Vaccination in the Punjab 1883-1896 - 1883-1896
Year: 1883
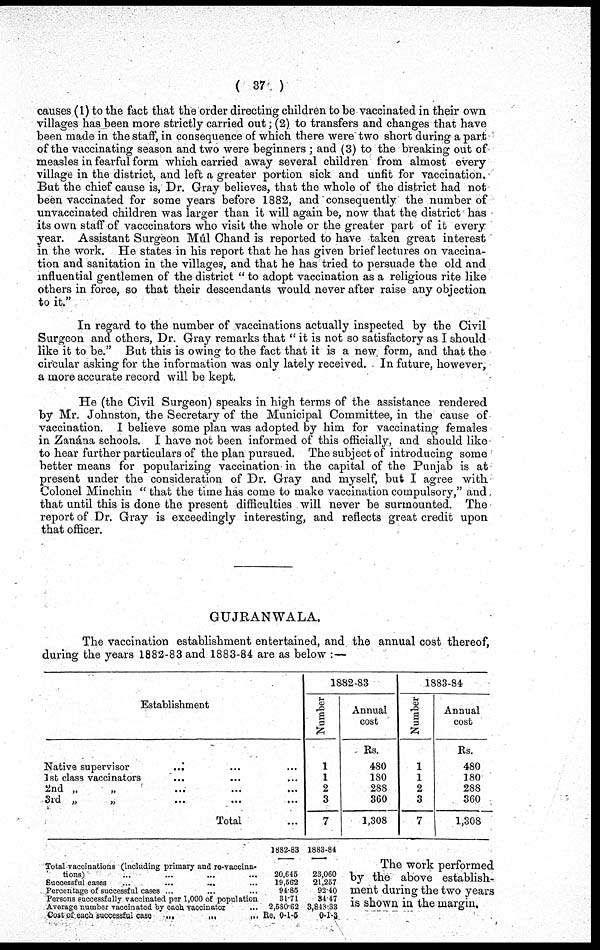
( 37 )
causes (1) to the fact that the order directing children to be vaccinated in their own
villages has been more strictly carried out; (2) to transfers and changes that have
been made in the staff, in consequence of which there were two short during a part
of the vaccinating season and two were beginners ; and (3) to the breaking out of
measles in fearful form which carried away several children from almost every
village in the district, and left a greater portion sick and unfit for vaccination.
But the chief cause is, Dr. Gray believes, that the whole of the district had not
been vaccinated for some years before 1882, and consequently the number of
unvaccinated children was larger than it will again be, now that the district has
its own staff of vacccinators who visit the whole or the greater part of it every
year. Assistant Surgeon Múl Chand is reported to have taken great interest
in the work. He states in his report that he has given brief lectures on vaccina-
tion and sanitation in the villages, and that he has tried to persuade the old and
influential gentlemen of the district "to adopt vaccination as a religious rite like
others in force, so that their descendants would never after raise any objection
to it."
In regard to the number of vaccinations actually inspected by the Civil
Surgeon and others, Dr. Gray remarks that "it is not so satisfactory as I should
like it to be." But this is owing to the fact that it is a new form, and that the
circular asking for the information was only lately received. In future, however,
a more accurate record will be kept.
He (the Civil Surgeon) speaks in high terms of the assistance rendered
by Mr. Johnston, the Secretary of the Municipal Committee, in the cause of
vaccination. I believe some plan was adopted by him for vaccinating females
in Zanána schools. I have not been informed of this officially, and should like
to hear further particulars of the plan pursued. The subject of introducing some
better means for popularizing vaccination in the capital of the Punjab is at
present under the consideration of Dr. Gray and myself, but I agree with
Colonel Minchin "that the time has come to make vaccination compulsory," and
that until this is done the present difficulties will never be surmounted. The
report of Dr. Gray is exceedingly interesting, and reflects great credit upon
that officer.
GUJRANWALA.
The vaccination establishment entertained, and the annual cost thereof,
during the years 1882-83 and 1883-84 are as below :—
Establishment
Native supervisor ... ... ...
1st class vaccinators ... ... ...
2nd „ „ ... ...
3rd „ „ ... ...
Total ...
1882-83
Number
1
1
2
3
7
Annual
cost
Rs.
480
180
288
360
1,308
1883-84
Number
1
1
2
3
7
Annual
cost
Rs.
480
180
288
360
1,308
Total vaccinations (including primary and re-vaccina-
tions) ... ... ... ...
Successful cases ... ... ... ...
Percentage of successful cases ... ... ...
Persons successfully vaccinated per 1,000 of population
Average number vaccinated by each vaccinator ...
Cost of each successful case
...
...
...
1882-83
20,645
19,562
94.85
31.71
2,580.62
Re. 0-1-5
1883-84
23,060
21,257
92.40
34.47
3,843.33
0-1-3
The work performed
by the above establish-
ment during the two years
is shown in the margin.